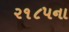
૨૧૮૫ના